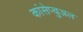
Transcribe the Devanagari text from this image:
कांसेप्चुअल